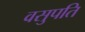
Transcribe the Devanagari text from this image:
वसुपति